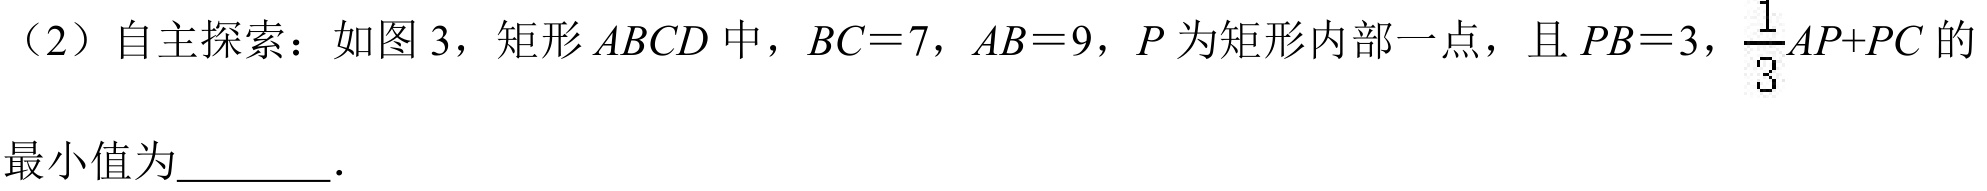
（2）自主探索：如图 3，矩形\(ABCD\)中，\(BC = 7\)，\(AB = 9\)，\(P\)为矩形内部一点，且\(PB = 3\)，\(\frac{1}{3}AP + PC\)的最小值为  ．